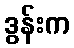
ဒွန်းက